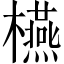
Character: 𣟛